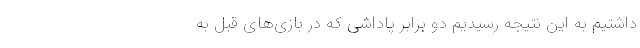
داشتیم به این نتیجه رسیدیم دو برابر پاداشی که در بازی‌های قبل به